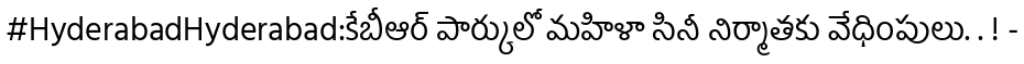
#HyderabadHyderabad:కేబీఆర్ పార్కులో మహిళా సినీ నిర్మాతకు వేధింపులు. . ! -